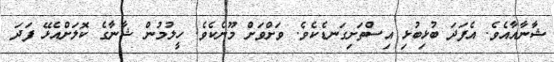
ޝާނާއާއެވެ. އެފަދަ ބުޅިބުޅި އިސްތަށިގަނޑެކެވެ. ވަށްވަށް މޫނެކެވެ. ހީލުމުން ޝާނާގެ ކޮލަށްއެޅޭ ފަދަ